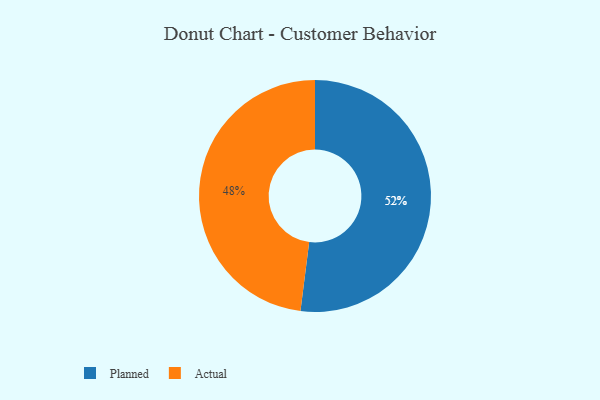
{"axis": {"x": "Category", "y": "Percentage"}, "legend": ["Actual", "Planned"], "data": [{"x": "Actual", "y": 48, "type": "Actual"}, {"x": "Planned", "y": 52, "type": "Planned"}]}